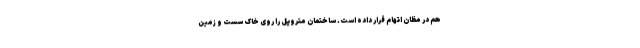
هم در مظان اتهام قرار داده است. ساختمان متروپل را روی خاک سست و زمین